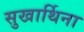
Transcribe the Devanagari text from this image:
सुखार्थिना